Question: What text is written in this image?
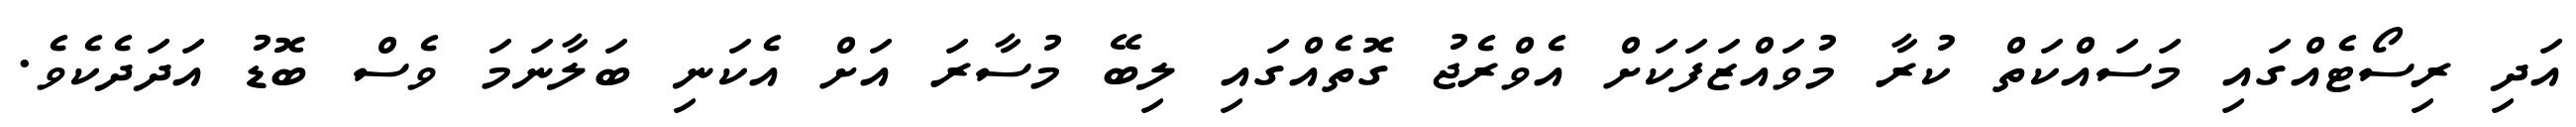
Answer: އަދި ރިސޯޓެއްގައި މަސައްކަތް ކުރާ މުވައްޒަފަކަށް އެވްރެޖު ގޮތެއްގައި ލިބޭ މުސާރަ އަށް އެކަނި ބަލާނަމަ ވެސް ބޮޑު އަދަދެކެވެ.